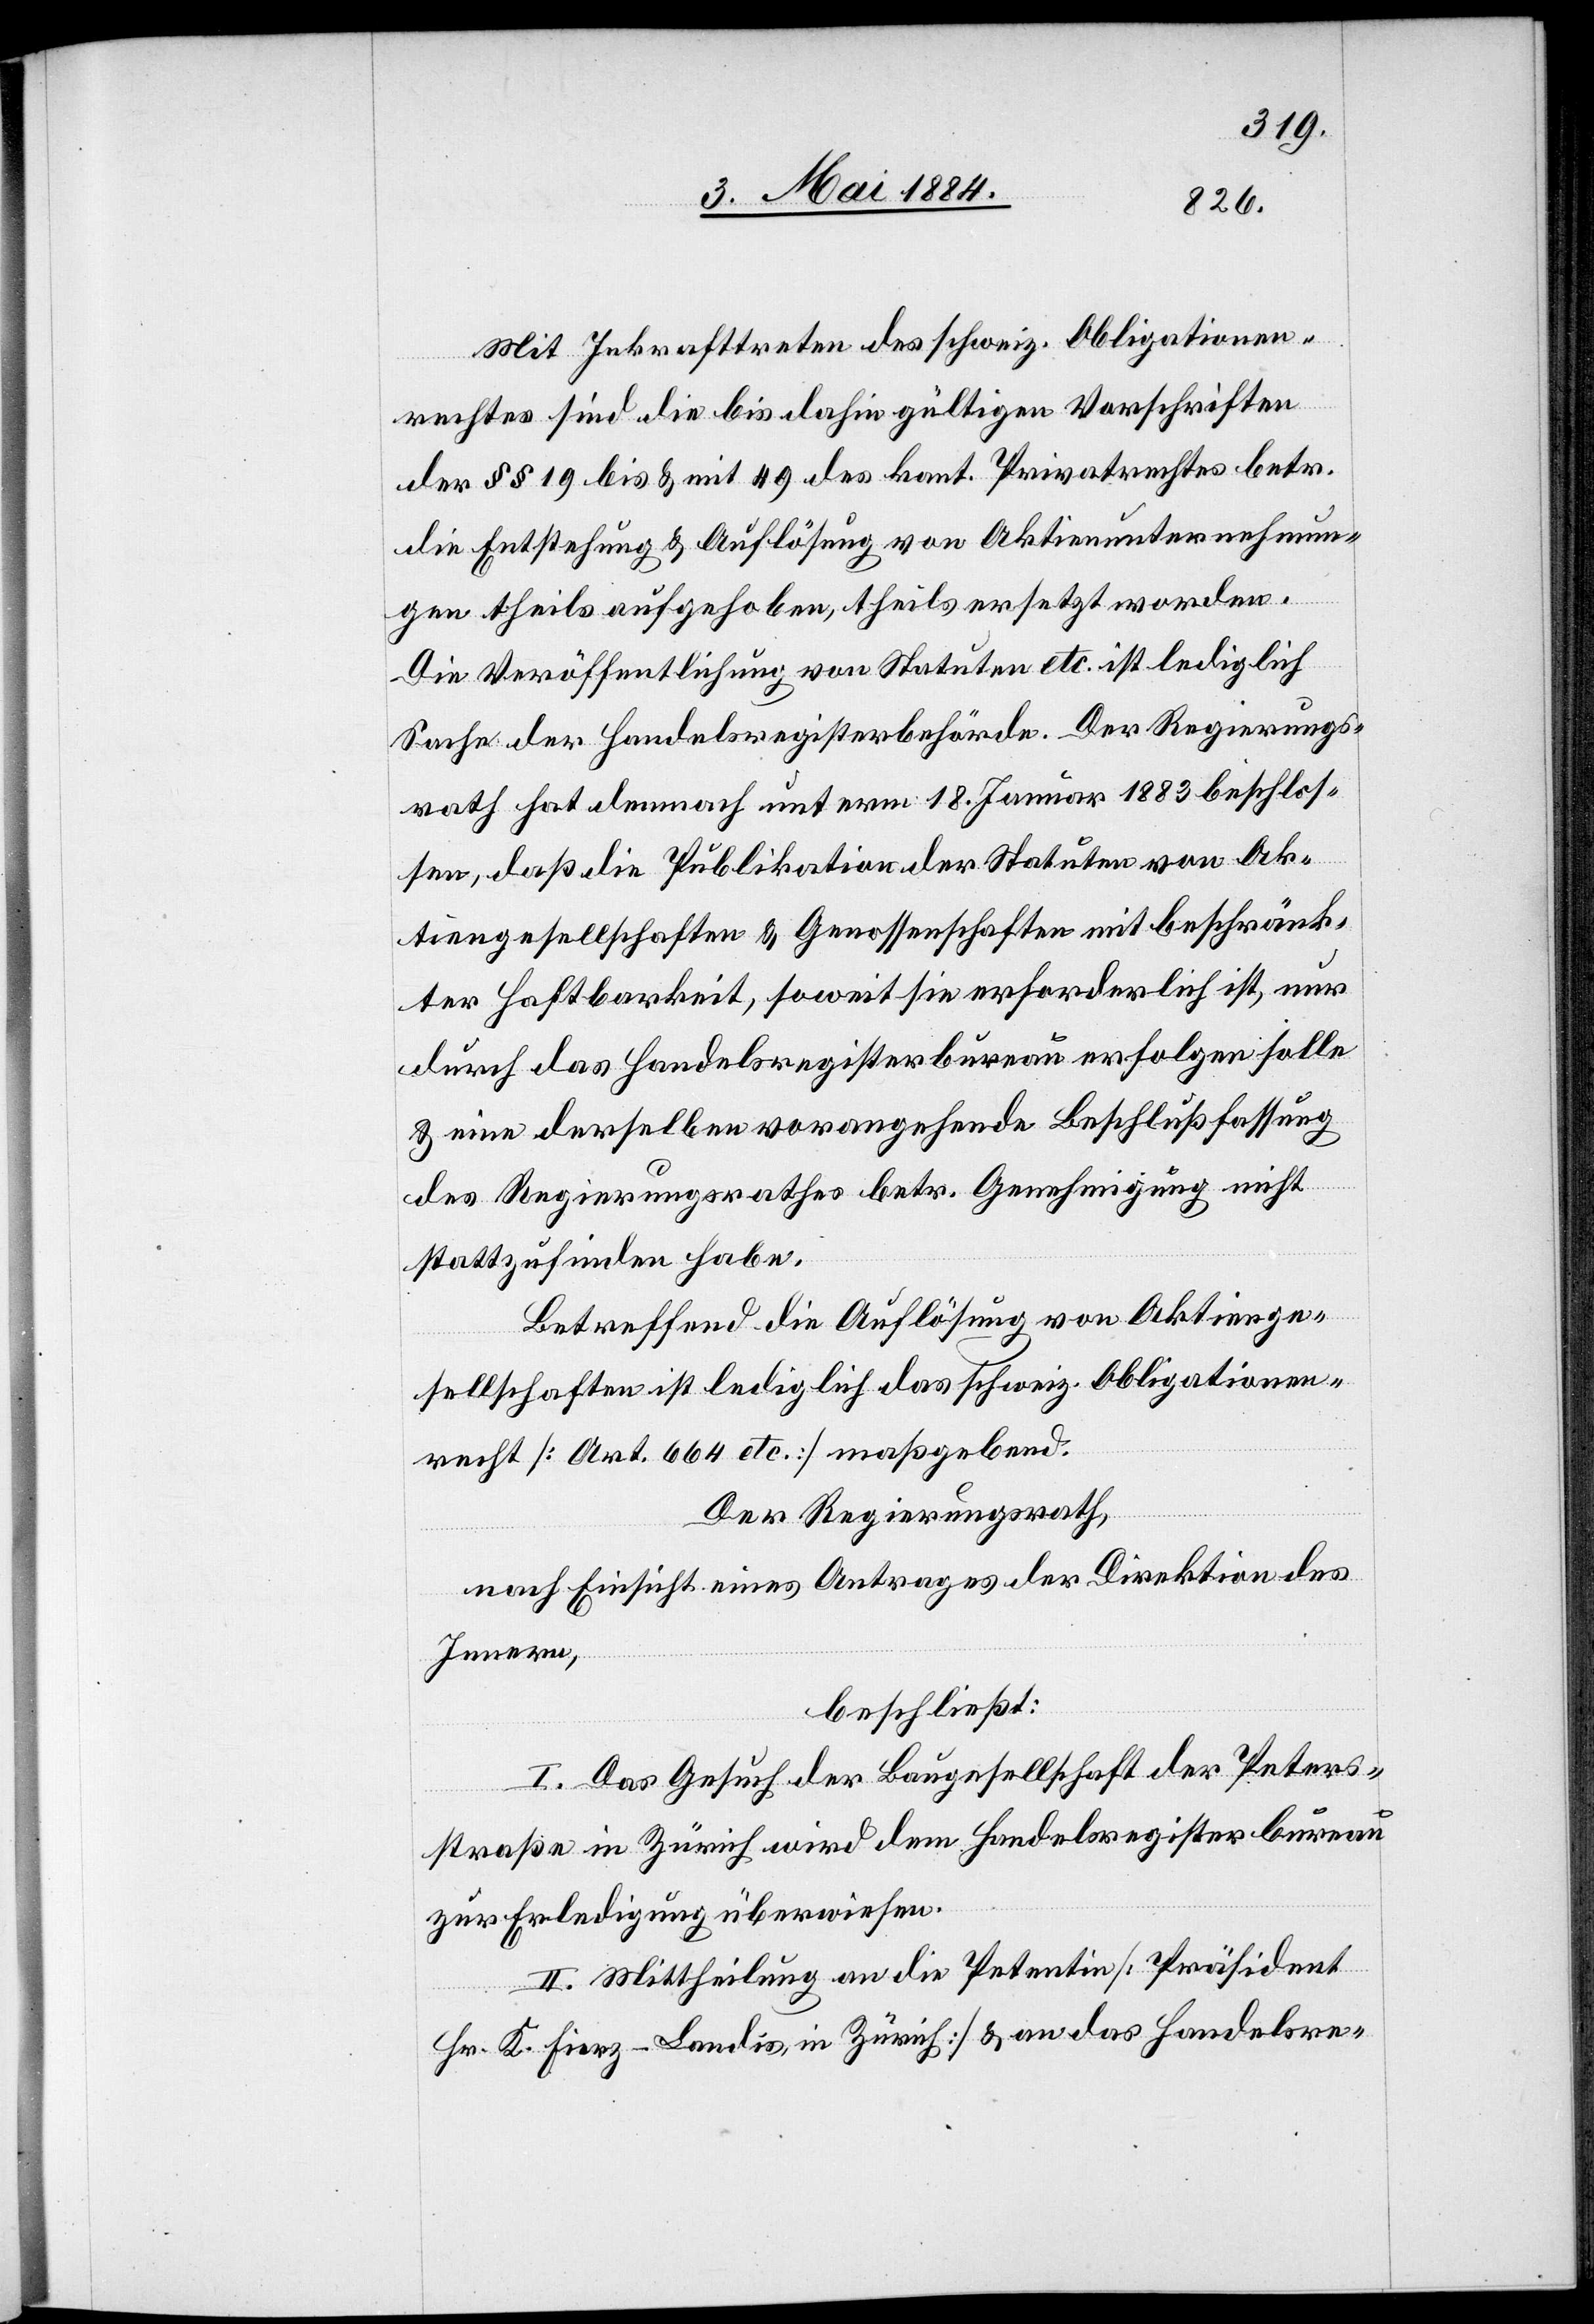
Mit Inkrafttreten des schweiz. Obligationen¬
rechtes sind die dahin gültigen Vorschriften
der §§ 19 bis & mit 49 des kant. Privatrechtes betr.
die Entstehung & Auflösung von Aktienunternehmun¬
gen theils aufgehoben, theils ersetzt worden.
Die Veröffentlichung von Statuten etc. ist lediglich
Sache der Handelsregisterbehörde. Der Regierungs¬
rath hat demnach unterm 18. Januar 1883 beschlos¬
sen, daß die Publikation der Statuen von Ak¬
tiengesellschaften & Genossenschaften mit beschränk¬
ter Haftbarkeit, soweit sie erforderlich ist, nur
durch das Handelsregisterbureau erfolgen solle
& eine derselben vorangehende Beschlußfassung
des Regierungsrathes betr. Genehmigung nicht
stattzufinden habe.
Betreffend die Auflösung von Aktienge¬
sellschaften ist lediglich das schweiz. Obligationen¬
recht [Art. 664 etc.] maßgebend.
Der Regierungsrath,
nach Einsicht eines Antrages der Direktion des
Innern,
beschließt:
I. Das Gesuch der Baugesellschaft der Peters¬
straße in Zürich wird dem Handelsregisterbureau
zur Erledigung überwiesen.
II. Mittheilung an die Petentin [Präsident
Hr. D. Fierz-Landis, in Zürich] & an das Handelsre-